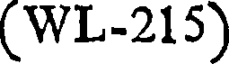
(WL-215)